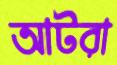
আটরা